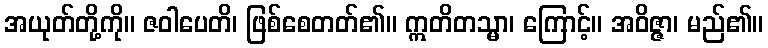
အယုတ်တို့ကို။ ဇဝါပေတိ၊ ဖြစ်စေတတ်၏။ ဣတိတသ္မာ၊ ကြောင့်။ အဝိဇ္ဇာ၊ မည်၏။